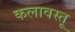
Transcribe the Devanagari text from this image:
कलावस्तू